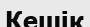
Кешік